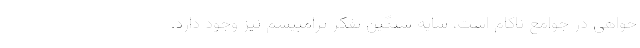
خواهي در جوامع ناكام است، سايه سنگين تفكر ترامپيسم نيز وجود دارد.